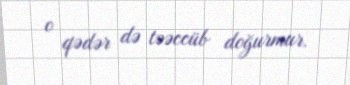
o qədər də təəccüb doğurmur.